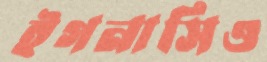
ইগনাসিও